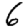
Digit: 6